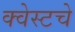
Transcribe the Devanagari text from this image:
क्वेस्टचे